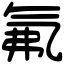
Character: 氟